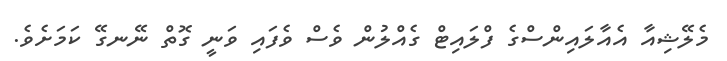
މެލޭޝިއާ އެއާލައިންސްގެ ފްލައިޓް ގެއްލުން ވެސް ވެފައި ވަނީ ގޮތް ނޭނގޭ ކަމަށެވެ.